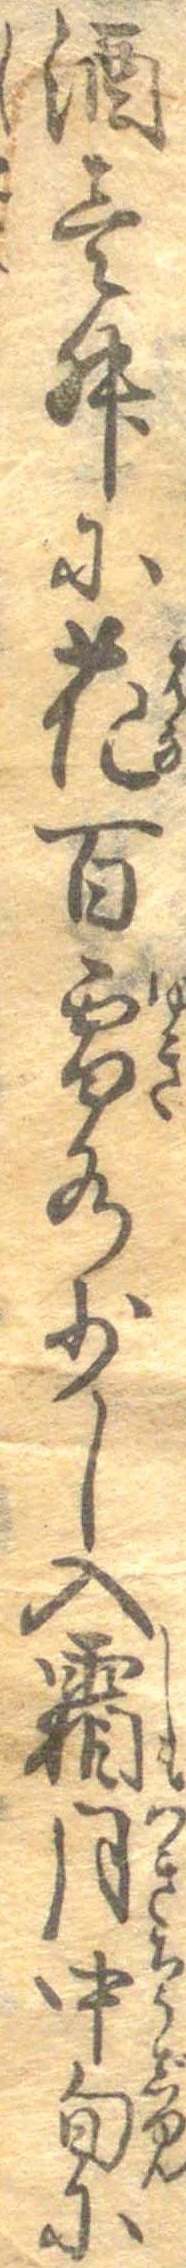
酒壱升に花百雪水少し入霜月中旬に